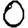
Digit: 0